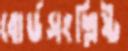
বোর্ডসংশ্লিষ্ট